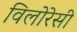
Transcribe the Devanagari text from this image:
विलोरेसी